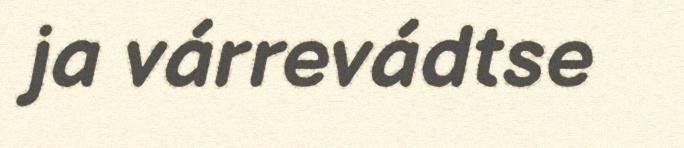
ja várrevádtse